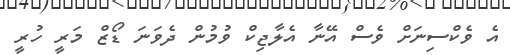
އެ ވެކްސިނަށް ވެސް އޭނާ އެލާޖިކް ވުމުން ދެވަނަ ޑޯޒް މަރީ ހުރީ